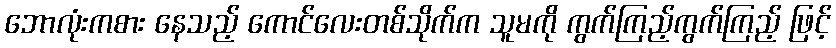
ဘောလုံးကစား နေသည့် ကောင်လေးတစ်သိုက်က သူမကို ကွက်ကြည့်ကွက်ကြည့် ဖြင့်